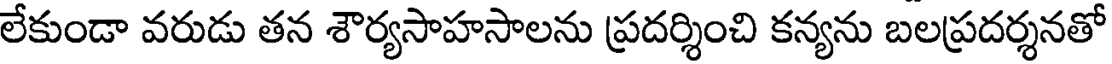
లేకుండా వరుడు తన శౌర్యసాహసాలను ప్రదర్శించి కన్యను బలప్రదర్శనతో